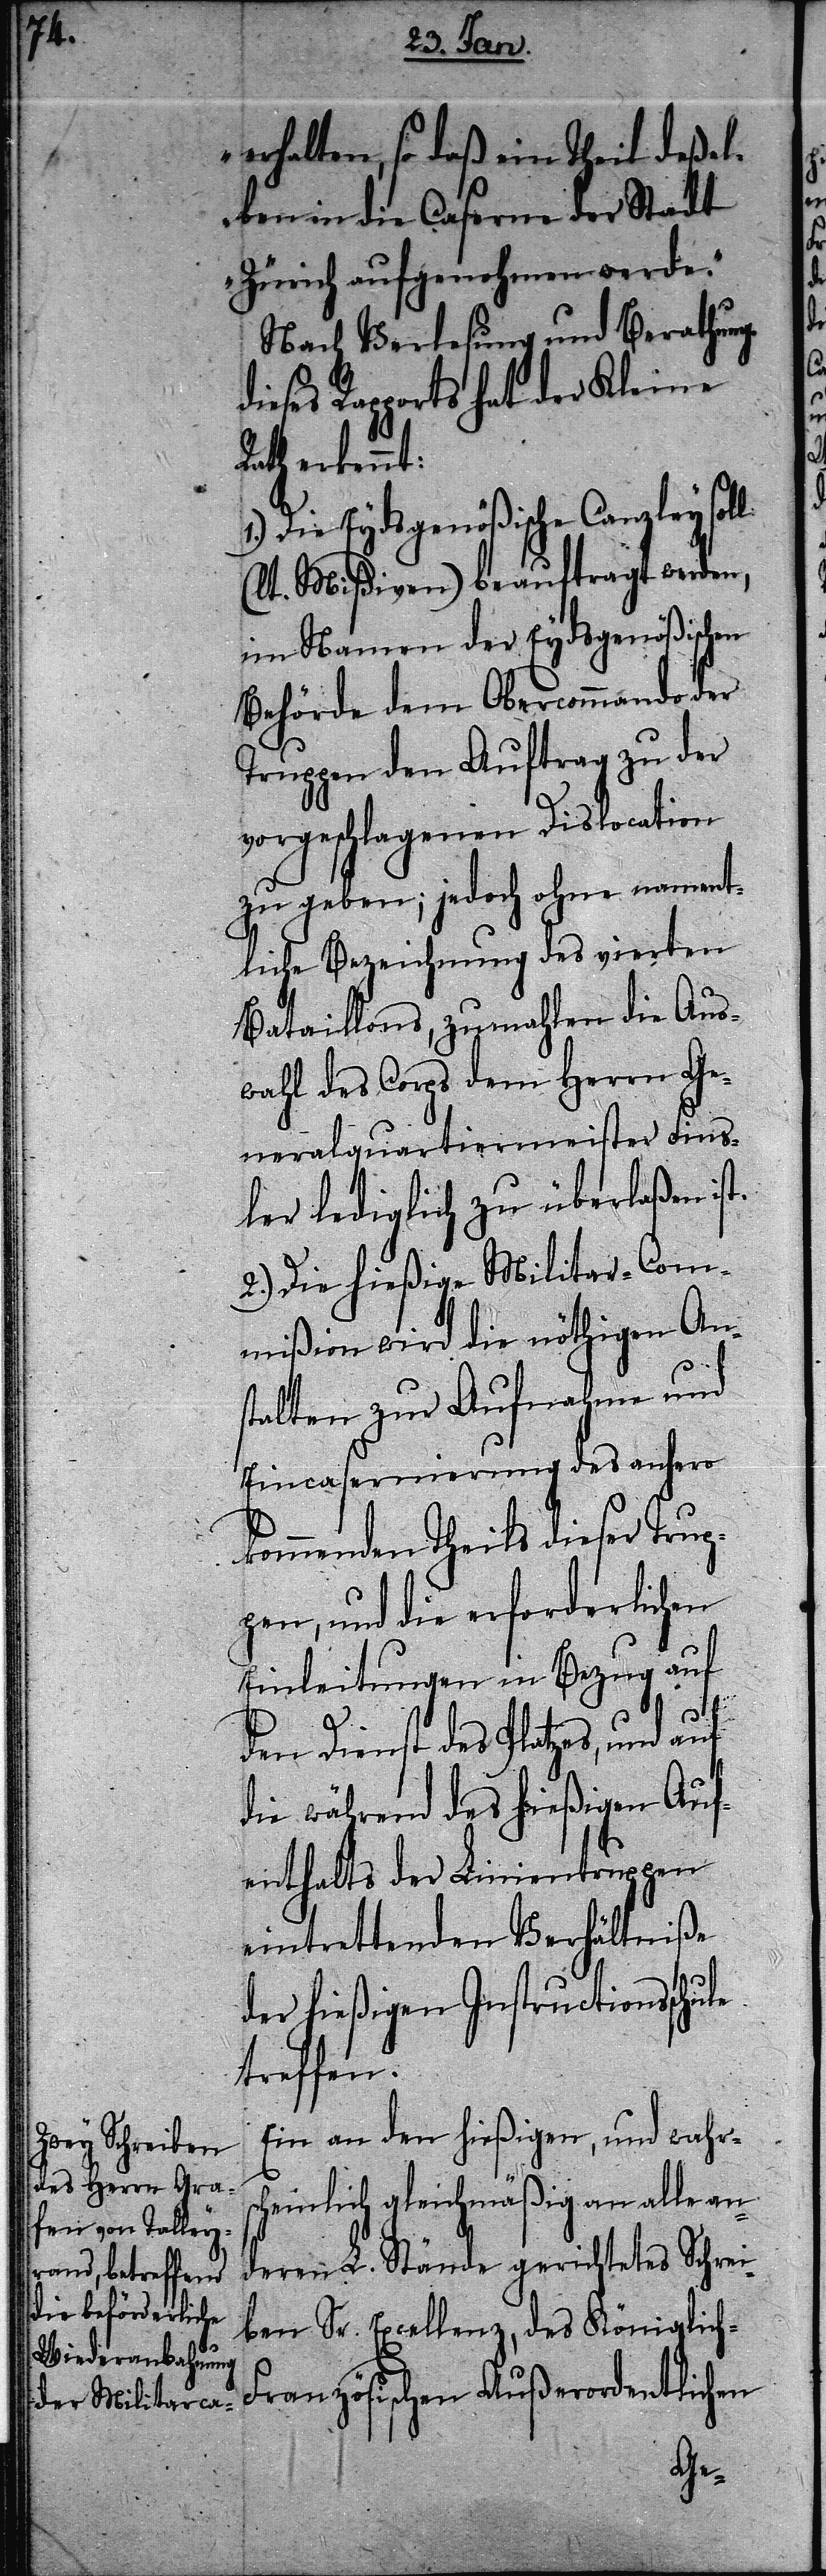
erhalten, so daß ein Theil deßel¬
ben in die Caserne der Stadt
Zürich aufgenohmen werde.“
Nach Verlesung und Berathung
dieses Rapports hat der Kleine
erkennt:
Die Eydsgenößische Canzley soll
(lt. Mißiven) beauftragt werden,
im Namen der Eydsgenößischen
Behörde dem Obercommando der
Truppen den Auftrag zu der
vorgeschlagenen Dislocation
zu geben; jedoch ohne nament¬
liche Bezeichnung des vierten
Bataillons, zumahlen die Aus¬
wahl des Corps dem Herrn Ge¬
neralquartiermeister Fins¬
ler lediglich zu überlaßen ist.
2.) Die hießige Militar-Com¬
mißion wird die nöthigen Ans¬
talten zur Aufnahme und
Eincasernierung des anhero
kommenden Theils dieser Trup¬
pen, und die erforderlichen
Einleitungen in Bezug auf
den Dienst des Platzes, und auf
die während des hießigen Auf¬
enthalts der Linientruppen
eintrettenden Verhältniße
der hießigen Instructionsschule
treffen.
Ein an den hießigen, und wahrs¬
cheinlich gleichmäßig an alle an¬
deren L. Stände gerichtetes Schrei¬
ben Sr. Excellenz, des Königlic¬
h-Französischen Außerordentlichen